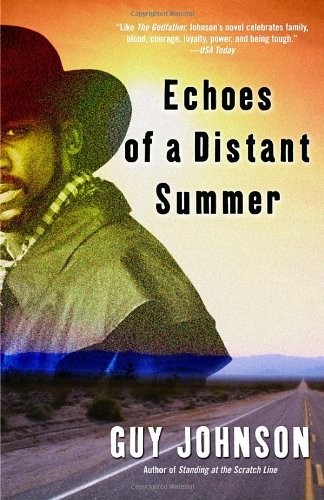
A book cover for Echoes of a Distant Summer; Guy Johnson; Literature & Fiction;